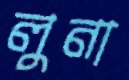
লুনা